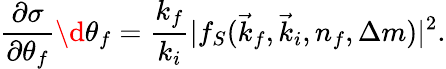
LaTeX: \frac{\partial\sigma}{\partial\theta_{f}}\d\theta_{f}=\frac{k_{f}}{k_{i}}\vert f_{S}(\vec{k}_{f},\vec{k}_{i},n_{f},\Delta m)\vert^{2}.